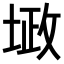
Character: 𪣴